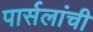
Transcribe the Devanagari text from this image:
पार्सलांची